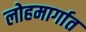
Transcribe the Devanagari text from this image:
लोहमार्गात